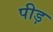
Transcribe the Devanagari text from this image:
पीड़